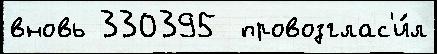
вновь 330395  провозглас'и́л